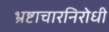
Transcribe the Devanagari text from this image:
भ्रष्टाचारनिरोधी